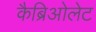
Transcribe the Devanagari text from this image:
कैब्रिओलेट